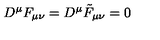
D ^ { \mu } F _ { \mu \nu } = D ^ { \mu } \tilde { F } _ { \mu \nu } = 0